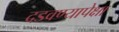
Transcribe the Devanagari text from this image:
दडवण्यापेक्षा